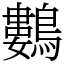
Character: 鷜